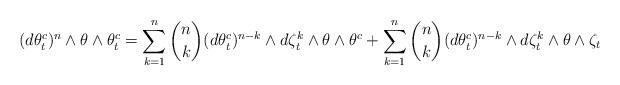
LaTeX: \begin{align*}(d\theta _{t}^{c})^{n}\wedge \theta\wedge \theta_{t}^{c}=\sum^n_{k=1} \binom nk (d\theta _{t}^{c})^{n-k}\wedge d\zeta^k_t \wedge\theta \wedge \theta^c+\sum^n_{k=1} \binom nk (d\theta _{t}^{c})^{n-k}\wedge d\zeta^k_t \wedge \theta \wedge \zeta_t\end{align*}